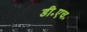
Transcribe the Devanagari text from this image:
डी॰एच॰